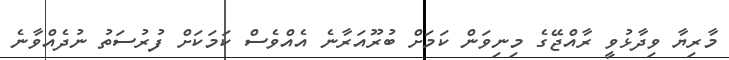
މާރިޔާ ވިދާޅުވީ ރާއްޖޭގެ މިނިވަން ކަމަށް ބުރޫއަރާނެ އެއްވެސް ކަމަކަށް ފުރުސަތު ނުދެއްވާނެ